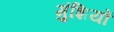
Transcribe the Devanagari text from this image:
मुंशियों